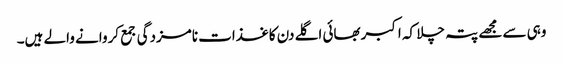
وہی سے مجھے پتہ چلا کہ اکبربھائی اگلے دن کاغذات نامزدگی جمع کروانے والے ہیں۔